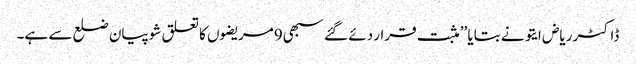
ڈاکٹر ریاض ایتو نے بتایا ’’مثبت قرار دئے گئے سبھی9مریضوں کا تعلق شوپیان ضلع سے ہے۔